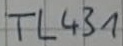
Text: TL431